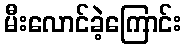
မီးလောင်ခဲ့ကြောင်း